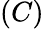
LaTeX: (C)